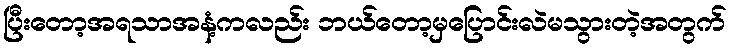
ပြီးတော့အရသာအနံ့ကလည်း ဘယ်တော့မှပြောင်းလဲမသွားတဲ့အတွက်